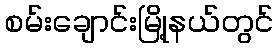
စမ်းချောင်းမြို့နယ်တွင်